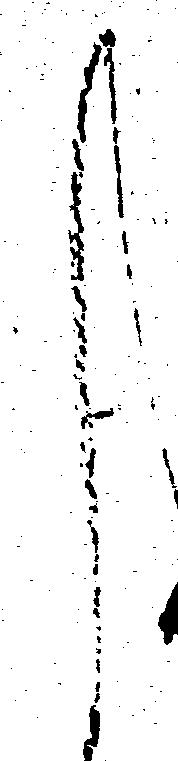
く